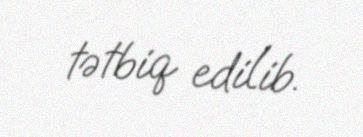
tətbiq edilib.